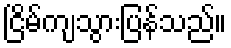
ငြိမ်ကျသွားပြန်သည်။